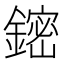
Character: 𲇟